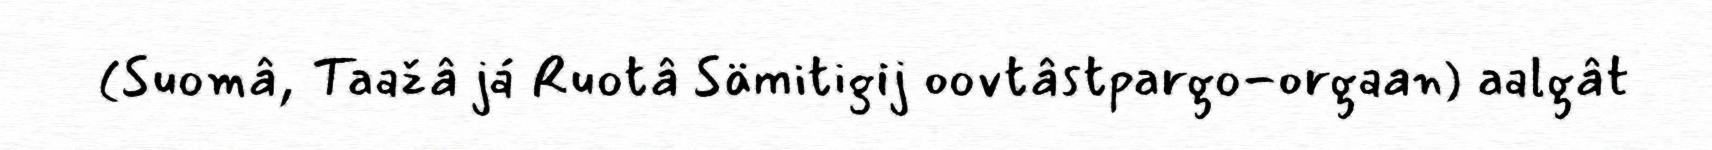
(Suomâ, Taažâ já Ruotâ Sämitigij oovtâstpargo-orgaan) aalgât